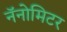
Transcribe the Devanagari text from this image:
नॅनोमिटर